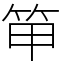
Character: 笚